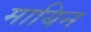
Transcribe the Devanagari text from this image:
मायिन